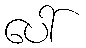
ပေါ်